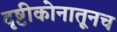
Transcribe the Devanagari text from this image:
दृष्टीकोनातूनच